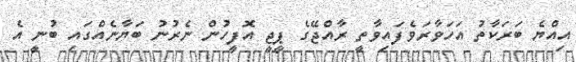
އިއްޔެ ބަރަކާތު އަހަވާރަވެފައިވާތީ ރާއްޖޭގެ ޕީޖީ އޮފީހުން ނެރުނު ބަޔާނެއްގައި ބުނީ އެ